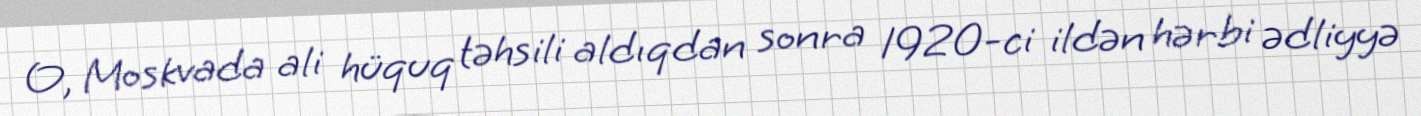
O, Moskvada ali hüquq təhsili aldıqdan sonra 1920-ci ildən hərbi ədliyyə